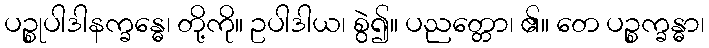
ပဉ္စုပါဒါနက္ခန္ဓေ၊ တို့ကို။ ဥပါဒါယ၊ စွဲ၍။ ပညတ္တော၊ ၏။ တေ ပဉ္စက္ခန္ဓာ၊